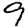
Digit: 9